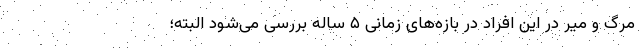
مرگ و میر در این افراد در بازه‌های زمانی ۵ ساله بررسی می‌شود البته؛